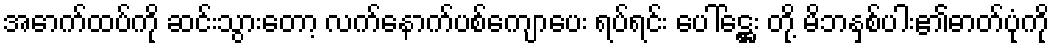
အောက်ထပ်ကို ဆင်းသွားတော့ လက်နောက်ပစ်ကျောပေး ရပ်ရင်း ပေါ်ဋ္ဌေး တို့ မိဘနှစ်ပါး၏ဓာတ်ပုံကို